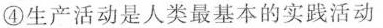
④生产活动是人类最基本的实践活动